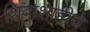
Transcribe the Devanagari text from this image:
शिवाशाहीचे